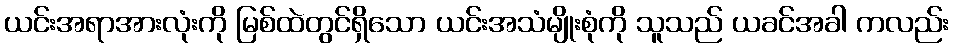
ယင်းအရာအားလုံးကို မြစ်ထဲတွင်ရှိသော ယင်းအသံမျိုးစုံကို သူသည် ယခင်အခါ ကလည်း